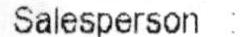
SALESPERSON :